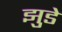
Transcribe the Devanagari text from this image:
झुडे